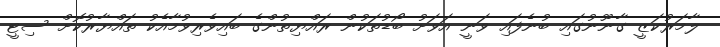
ލާމަރުކަޒީ ގާނޫނުގައި ބުނެފައި ވަނީ އަވަށު ބޯޑުތަކުން ރައްޔިތުންގެ ބައިވެރިވުމާއެކު ތައްޔާރުކޮށް ސިޓީ